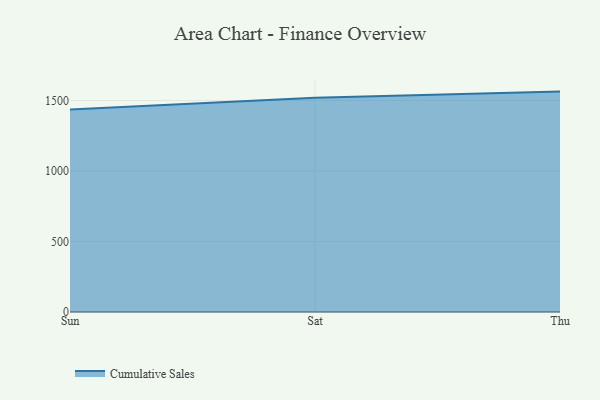
{"axis": {"x": "Day", "y": "Net Income (USD K)"}, "legend": ["Cumulative Sales"], "data": [{"x": "Sun", "y": 1436.7, "type": "Cumulative Sales"}, {"x": "Sat", "y": 1520.5, "type": "Cumulative Sales"}, {"x": "Thu", "y": 1563.3, "type": "Cumulative Sales"}]}